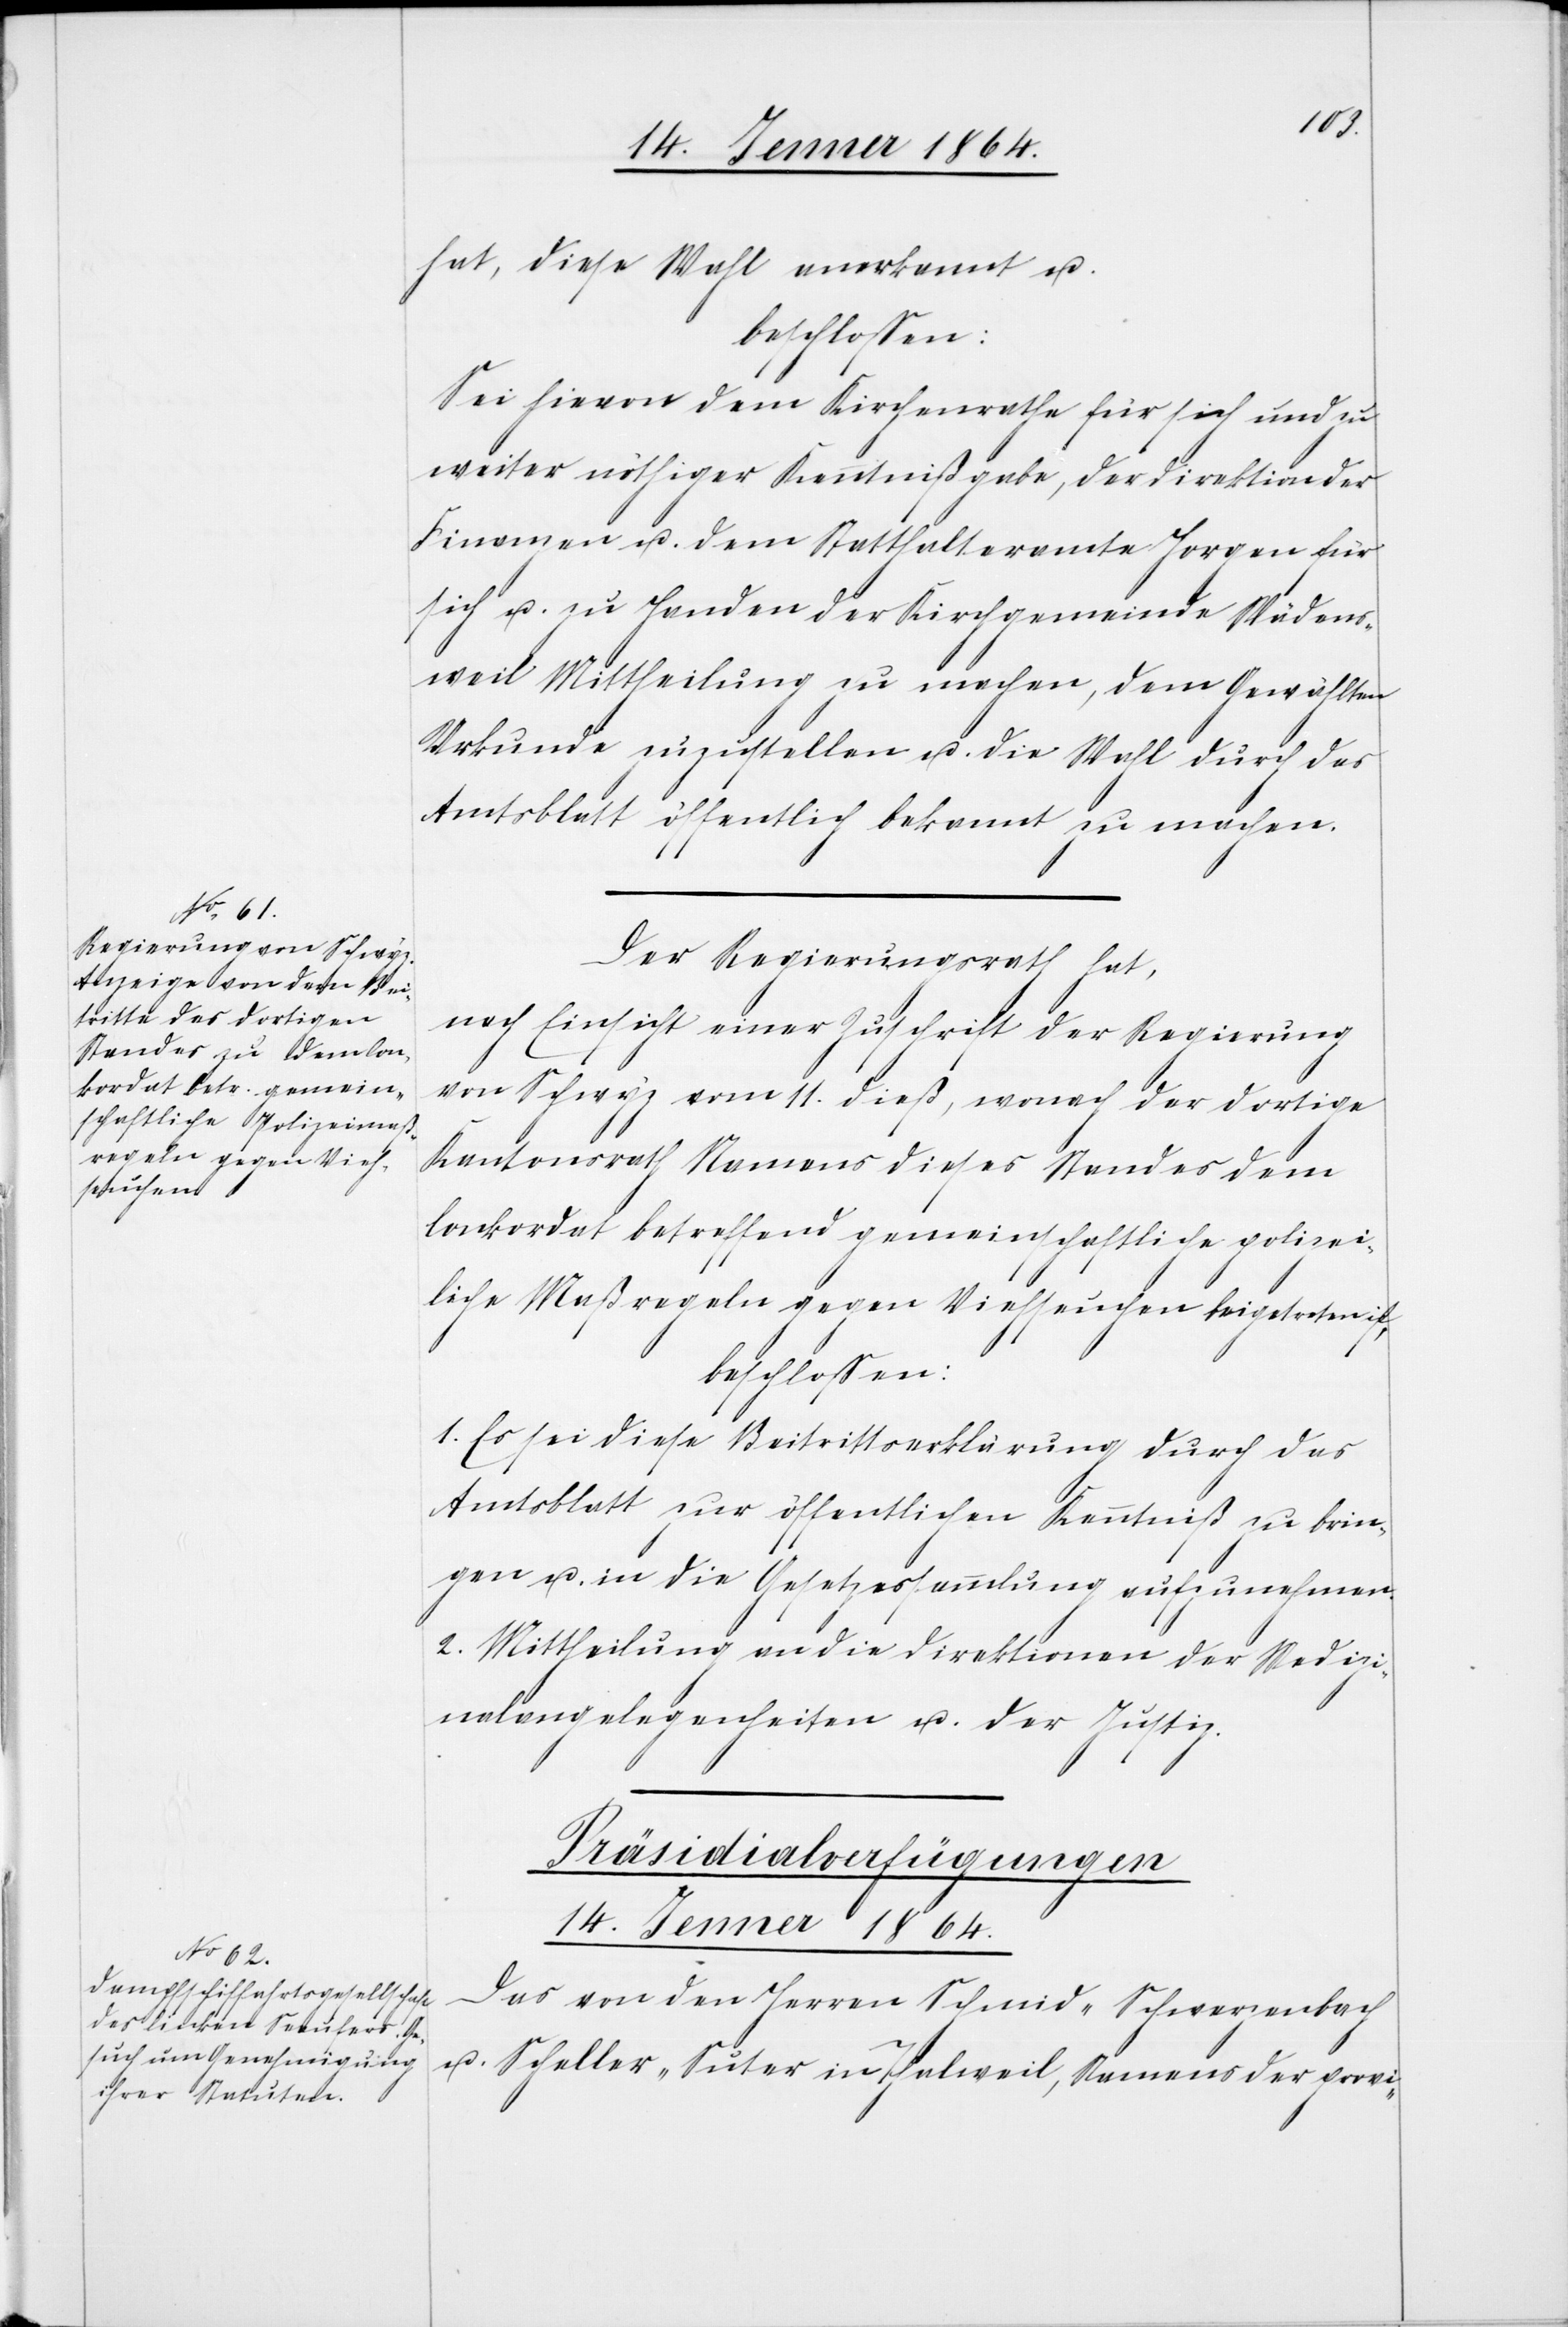
14. Jenner 1864.
hat, diese Wahl anerkannt u.
beschlossen:
Sei hievon dem Kirchenrathe für sich und zu
weiter nöthiger Kenntnißgabe, der Direktion der
Finanzen u. dem Statthalteramte Horgen für
sich u. zu Handen der Kirchgemeinde Wädens¬
weil Mittheilung zu machen, dem Gewählten
Urkunde zuzustellen u. die Wahl durch das
Amtsblatt öffentlich bekannt zu machen.
Der Regierungsrath hat,
nach Einsicht einer Zuschrift der Regierung
von Schwyz vom 11. dieß, wonach der dortige
Kantonsrath Namens dieses Standes dem
Conkordat betreffend gemeinschaftliche polizei¬
liche Maßregeln gegen Viehseuchen beigetreten ist,
beschlossen:
1. Es sei diese Beitrittserklärung durch das
Amtsblatt zur öffentlichen Kenntniß zu brin¬
gen u. in die Gesetzessammlung aufzunehmen.
2. Mittheilung an die Direktionen der Mediz¬
inalangelegenheiten u. der Justiz.
Präsidialverfügungen
Das von den Herren Schmid-Schwarzenbach
Scheller-Suter in Thalweil, Namens der provi-